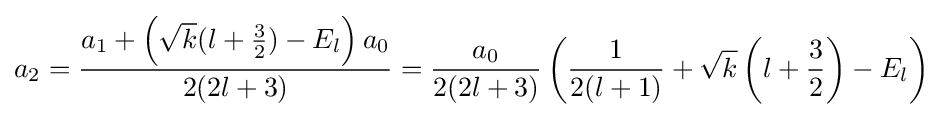
a_{2}={\frac {a_{1}+\left({\sqrt {k}}(l+{\frac {3}{2}})-E_{l}\right)a_{0}}{2(2l+3)}}={\frac {a_{0}}{2(2l+3)}}\left({\frac {1}{2(l+1)}}+{\sqrt {k}}\left(l+{\frac {3}{2}}\right)-E_{l}\right)